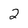
Character: 2